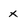
Character: x